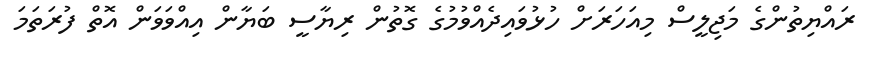
ރައްޔިތުންގެ މަޖިލީސް މިއަހަރަށް ހުޅުވައިދެއްވުމުގެ ގޮތުން ރިޔާސީ ބަޔާން އިއްވަވަން އޮތް ފުރަތަމަ